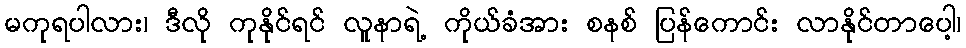
မကုရပါလား၊ ဒီလို ကုနိုင်ရင် လူနာရဲ့ ကိုယ်ခံအား စနစ် ပြန်ကောင်း လာနိုင်တာပေါ့၊